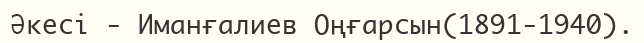
Әкесі - Иманғалиев Оңғарсын(1891-1940).